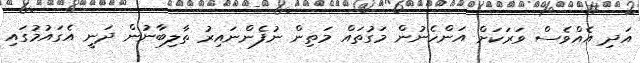
އަދި އެއްވެސް ވަރަކަށް އަންހެނުން މަގުތައް މަތިން ނުފެންނައިރު ތާލިބާނުން ދަނީ އެގައުމުގައި